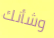
وشأنك